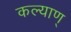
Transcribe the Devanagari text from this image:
कल्याण्